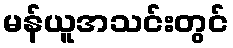
မန်ယူအသင်းတွင်